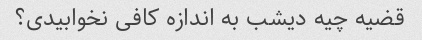
قضیه چیه دیشب به اندازه کافی نخوابیدی؟